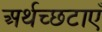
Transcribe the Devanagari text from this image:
अर्थच्छटाएँ